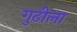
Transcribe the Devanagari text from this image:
गुढीला